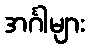
အင်္ဂါများ